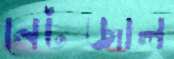
নেটজাল